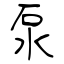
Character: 泵